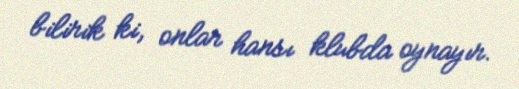
bilirik ki, onlar hansı klubda oynayır.